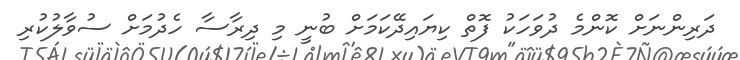
ދަރިންނަށް ކޮންމެ ދުވަހަކު ފޮތް ކިޔައިދޭކަމަށް ބުނީ މި ދިރާސާ ހެދުމަށް ސުވާލުކުރި